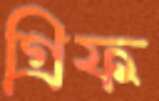
গ্রিফ